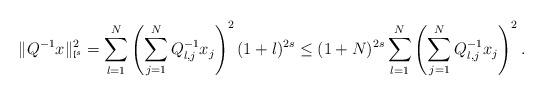
LaTeX: \begin{align*}\|Q^{-1}x\|_{\mathfrak{l}^s}^2=\sum_{l=1}^N\left(\sum_{j=1}^NQ^{-1}_{l,j}x_j\right)^2(1+l)^{2s}\le (1+N)^{2s}\sum_{l=1}^N\left(\sum_{j=1}^NQ_{l,j}^{-1}x_j\right)^2.\end{align*}